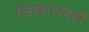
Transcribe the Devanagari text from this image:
लिखाणवही